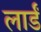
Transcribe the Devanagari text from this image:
लार्डं